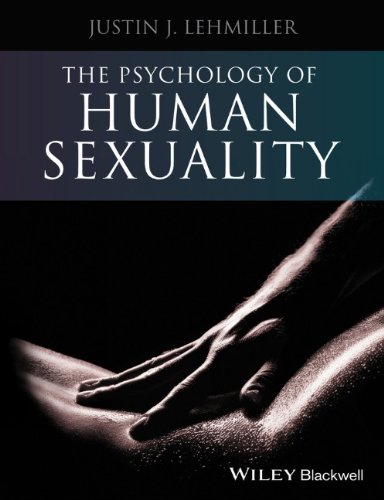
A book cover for The Psychology of Human Sexuality; Justin J. Lehmiller; Medical Books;